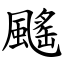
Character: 䬙